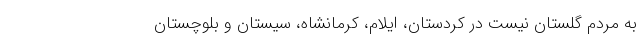
به مردم گلستان نیست در کردستان، ایلام، کرمانشاه، سیستان و بلوچستان